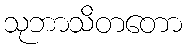
သုဘာသိတတော